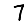
Digit: 7